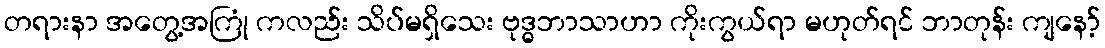
တရားနာ အတွေ့အကြုံ ကလည်း သိပ်မရှိသေး ဗုဒ္ဓဘာသာဟာ ကိုးကွယ်ရာ မဟုတ်ရင် ဘာတုန်း ကျနော့်